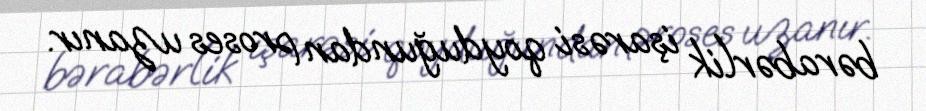
bərabərlik işarəsi qoyduğundan proses uzanır.